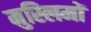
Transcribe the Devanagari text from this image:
मुस्‍लिमों